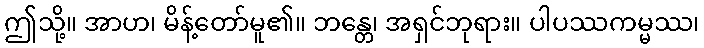
ဤသို့။ အာဟ၊ မိန့်တော်မူ၏။ ဘန္တေ၊ အရှင်ဘုရား။ ပါပဿကမ္မဿ၊